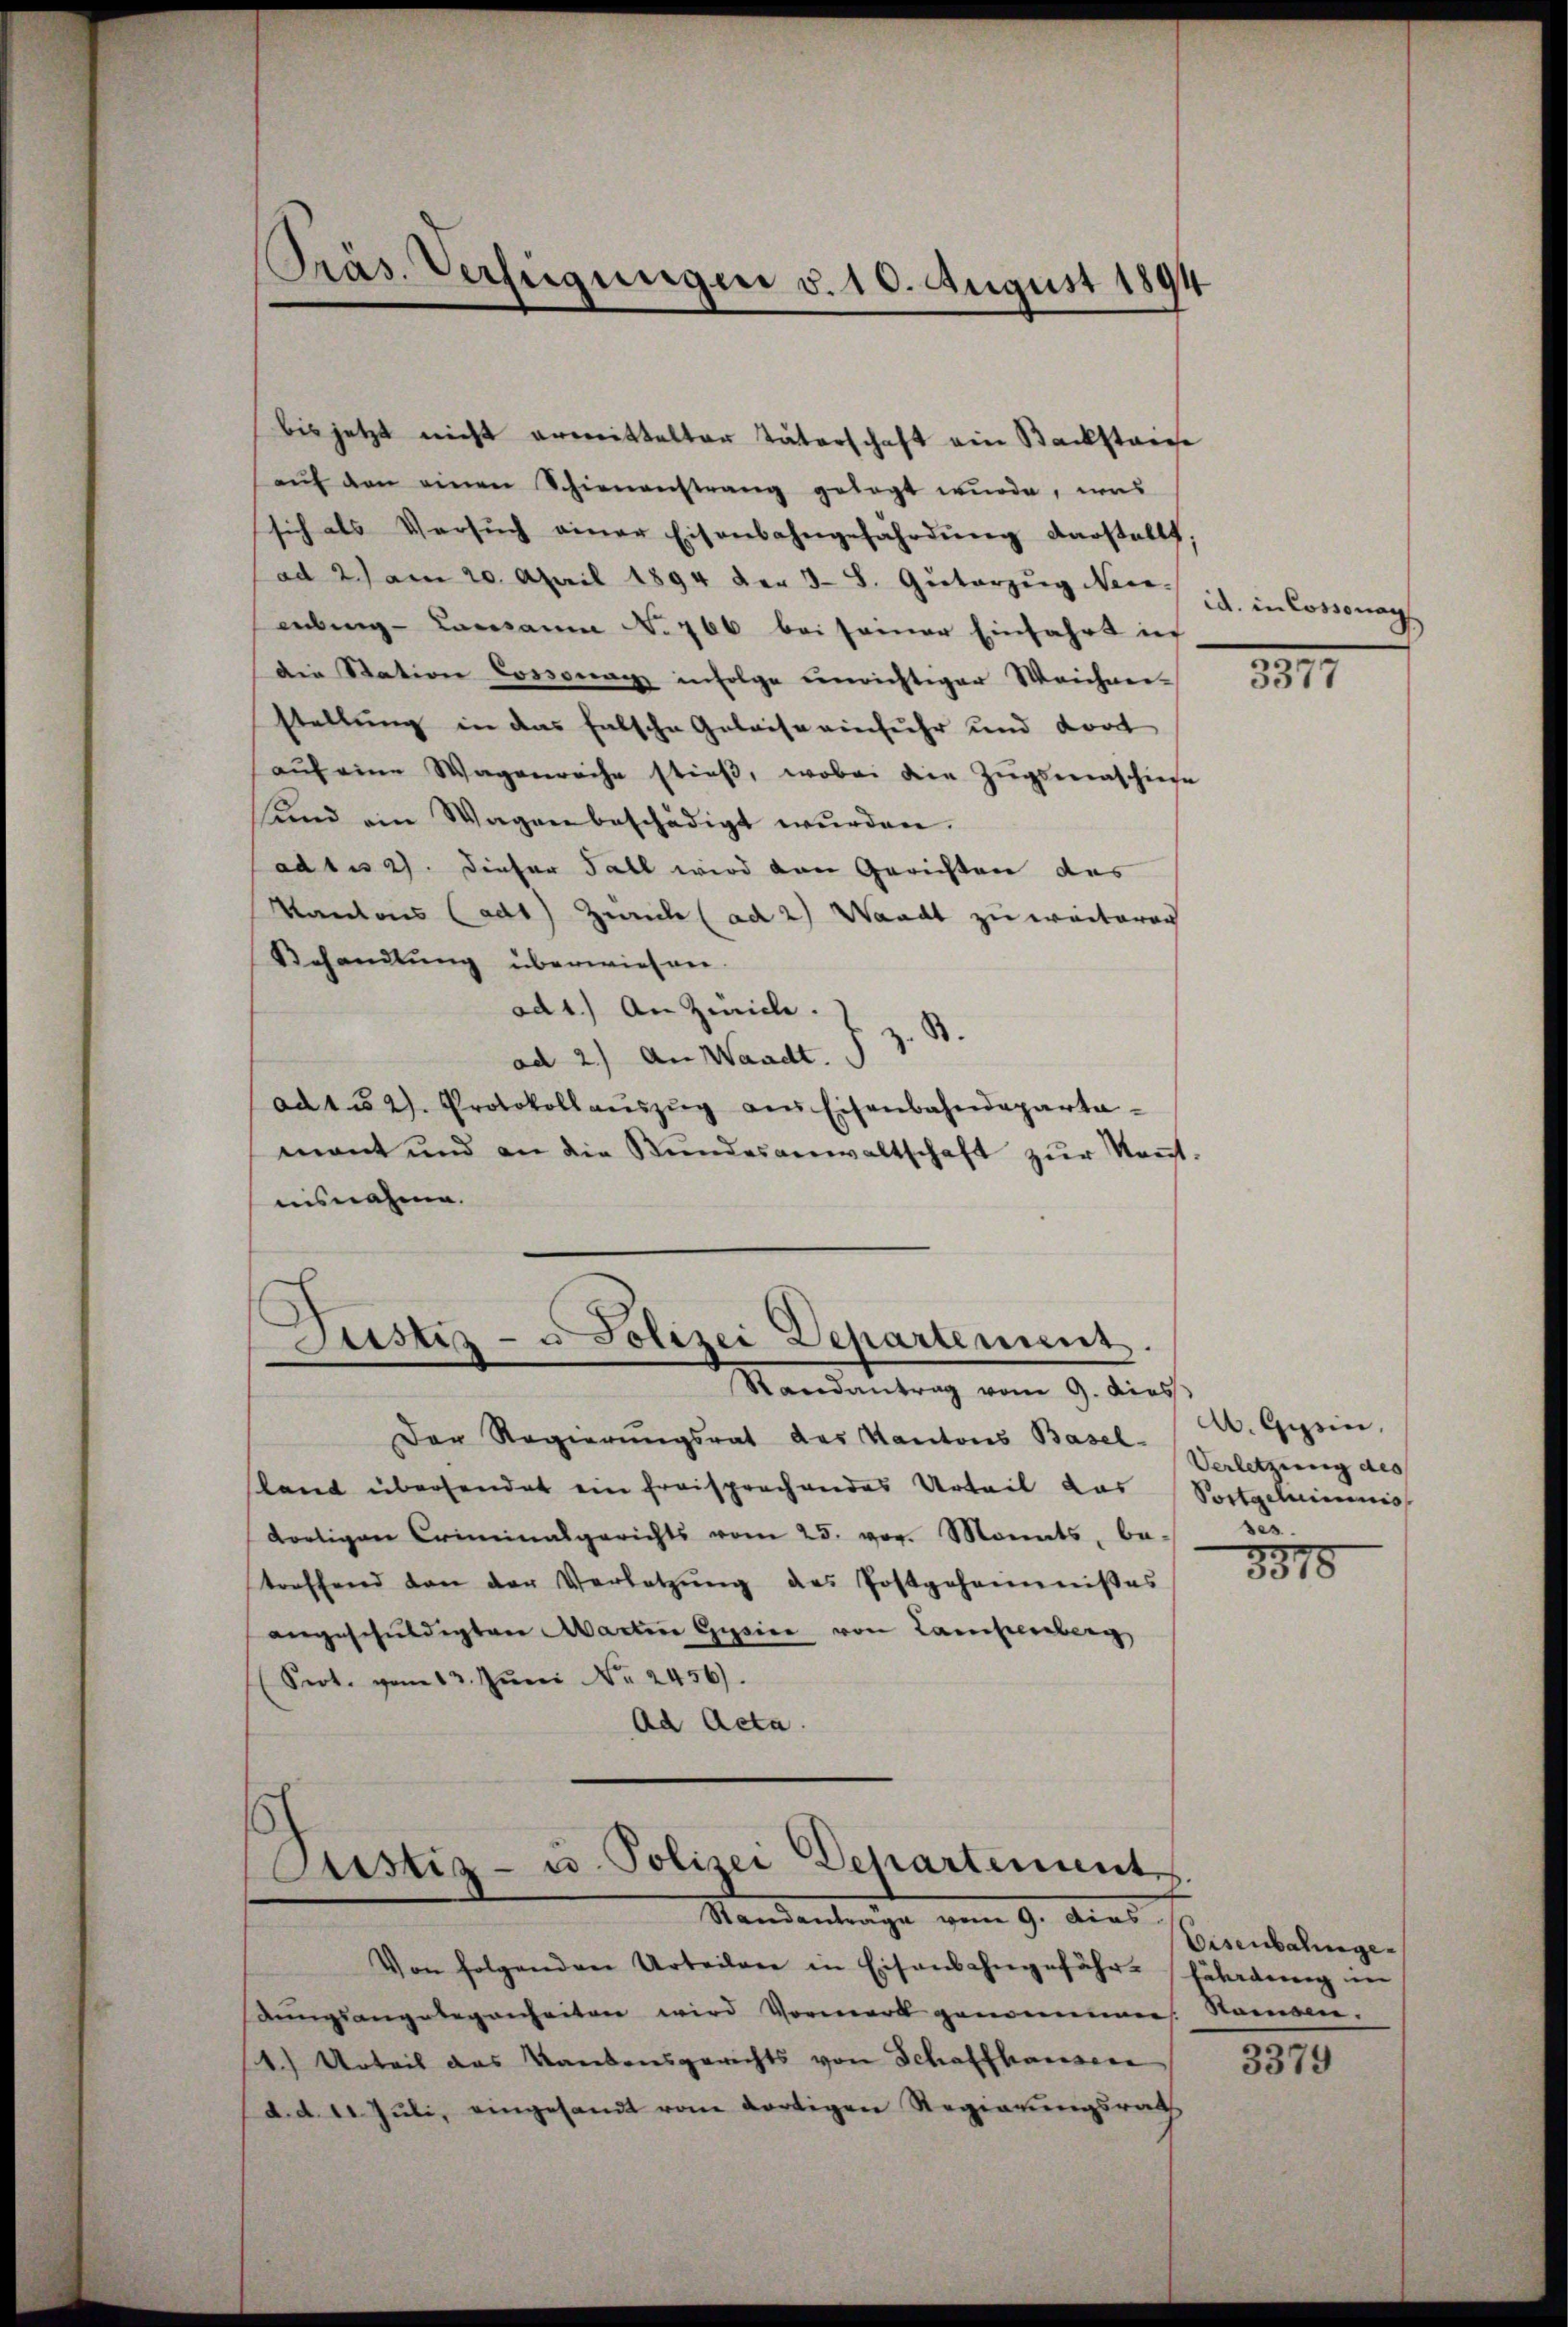
Präs. Verfügungen v. 10. August 1894

bis jetzt nicht ermittelter Vaterschaft ein Backsteige
aŭf den einen Schienanstrang gesagt wurde, was
sich als Versŭch einer Eisenbahngefährdŭng darstellt,
ad 2) am 20. April 1894 der 38. Güterzŭg Nece-
ebing - Lausanne No 766 bei seiner Einfahrt in
die Station Cossonay infolge einrichtiger Weichneistellung in das falsche Geleise einfuhr und dort
aŭf eine Wagenreche stieß, wobei die Zugsmaschiese
sind ein Wagen beschädigt wurden.
adtus 2. Dieser Fall wird von Gerichten des
Kantons Cad1) Zürich (ad 2) Waadt zu weiteren
Behandlung überwiesen.
ad 1.) An Zürich.
ad 2.) An Waadt. S. z. B.
ad 452). Protokoll aŭszŭg ans Eisenbahndeparta-
mant und an die Bŭndesanwaltschaft zŭr Keṅt.
nisnahme.

Justiz- u. Polizei Departement.
Randantrag vom 9. diess

Der Regierungsrat des Kantons Basel-
sland übersendet ein freisprachendes Urteil das
dortigen Criminalgerichts vom 25. vor. Monats, be-
treffend den der Verletzŭng des Postgeheimnißes
angeschuldigten Martere Gesine von Lampenberg
(Seot. vom 13. Jŭni Nr. 2456).
Ad Acta.

Justiz- u. Polizei Departementes.
Standentrage vom 9. Dies

Von folgenden Urteilen in Eisenbahngefähr-
dungsangelegenheiten wird Vormerk genommen. Namsen,
1.) Urteil das Kantonsgerichts von Schaffhausen
d. d. d. Juli, eingesandt vom dortigen Regierungsrath

id. in Cossonay

3

A. Gesin,
Verletzung des
Portgelieimnis
ses.

8818

Eisenbahngefährdung im

3379